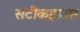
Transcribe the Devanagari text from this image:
सटीकहाउस